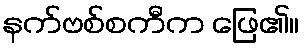
နက်ဗစ်စကီက ဖြေ၏။